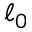
\ell _ { 0 }